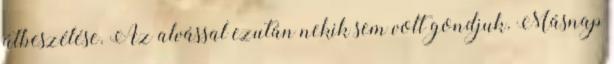
átbeszélése. Az alvással ezután nekik sem volt gondjuk. Másnap